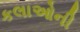
કલાઓની